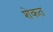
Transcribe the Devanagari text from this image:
शेकत